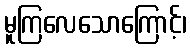
မူကြလေသောကြောင့်၊